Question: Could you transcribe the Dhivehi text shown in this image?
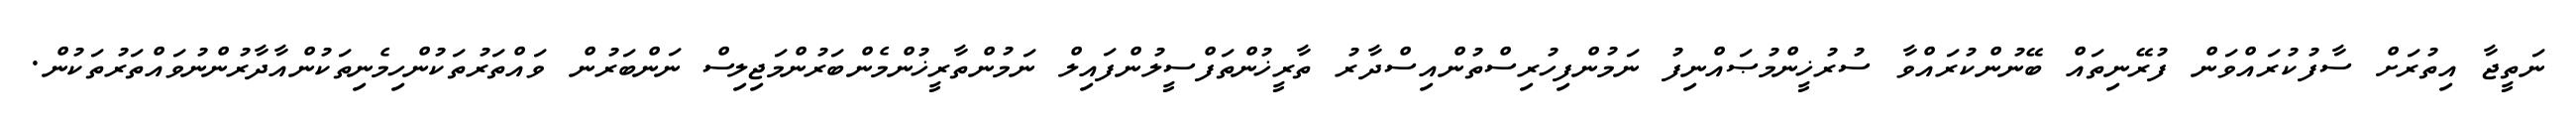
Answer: ނަތީޖާ އިތުރަށް ސާފުކުރައްވަން ފުރޭނިތައް ބޭނުންކުރައްވާ ސުރުޚީންމުޞައްނިފު ނަމުންފިހުރިސްތުންއިސްދާރު ތާރީޚުންތަފްސީލުންފައިލް ނަމުންތާރީޚުންމެންބަރުންމަޖިލިސް ނަންބަރުން ވައްތަރުތަކުންހިމެނިތަކުންއާދާރުންނުވައްތަރުތަކުން.